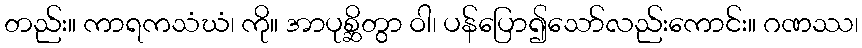
တည်း။ ကာရကသံဃံ၊ ကို။ အာပုစ္ဆိတွာ ဝါ၊ ပန်ပြော၍သော်လည်းကောင်း။ ဂဏဿ၊